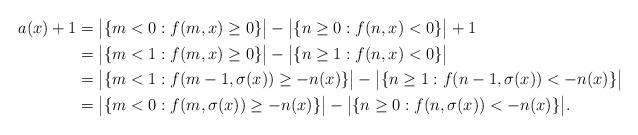
LaTeX: \begin{align*}a(x) + 1 &= \big|\{m<0:f(m,x)\ge 0\}\big| - \big|\{n\ge 0:f(n,x)<0\}\big| + 1\\ &=\big|\{m<1:f(m,x)\ge 0\}\big| - \big|\{n\ge 1:f(n,x)<0\}\big|\\ &=\big|\{m<1:f(m-1,\sigma(x))\ge - n(x)\}\big| - \big|\{n\ge 1:f(n-1,\sigma(x))<- n(x)\}\big|\\ &=\big|\{m<0:f(m,\sigma(x))\ge - n(x)\}\big| - \big|\{n\ge 0:f(n,\sigma(x))<- n(x)\}\big|.\end{align*}